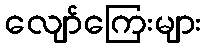
လျော်ကြေးများ